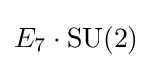
E_{7}\cdot \mathrm {SU} (2)